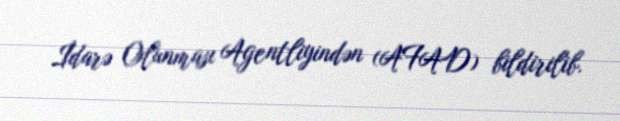
İdarə Olunması Agentliyindən (AFAD) bildirilib.